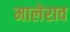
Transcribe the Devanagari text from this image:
मालेराव